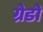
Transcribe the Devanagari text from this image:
ग्रेडो